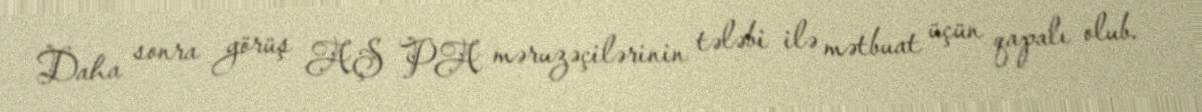
Daha sonra görüş AŞ PA məruzəçilərinin tələbi ilə mətbuat üçün qapalı olub.